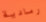
رمادية